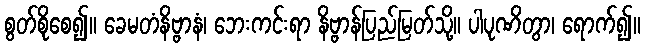
စွတ်စိုစေ၍။ ခေမတံနိဗ္ဗာနံ၊ ဘေးကင်းရာ နိဗ္ဗာန်ပြည်မြတ်သို့။ ပါပုဏိတွာ၊ ရောက်၍။